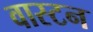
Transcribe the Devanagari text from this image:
वास्टन